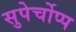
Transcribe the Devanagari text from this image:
सुपेर्चोप्प